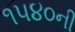
૧૫૪૦ની